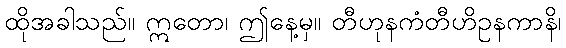
ထိုအခါသည်။ ဣတော၊ ဤနေ့မှ။ တီဟုနကံတီဟိဥနကာနိ၊